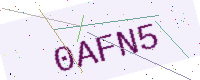
Text: 0AFN5